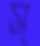
স্